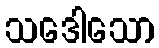
သဒေါသော